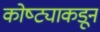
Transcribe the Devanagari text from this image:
कोष्ट्याकडून